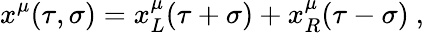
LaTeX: x^{\mu}(\tau,\sigma)=x_{L}^{\mu}(\tau+\sigma)+x_{R}^{\mu}(\tau-\sigma)\ ,